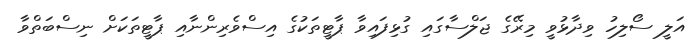
އަލީ ސޯލިހު ވިދާޅުވީ މިރޭގެ ޖަލްސާގައި ގުޅިފައިވާ ޕާޓީތަކުގެ އިސްވެރިންނާއި ޕާޓީތަކަށް ނިސްބަތްވާ